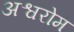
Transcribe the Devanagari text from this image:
अश्वरोम